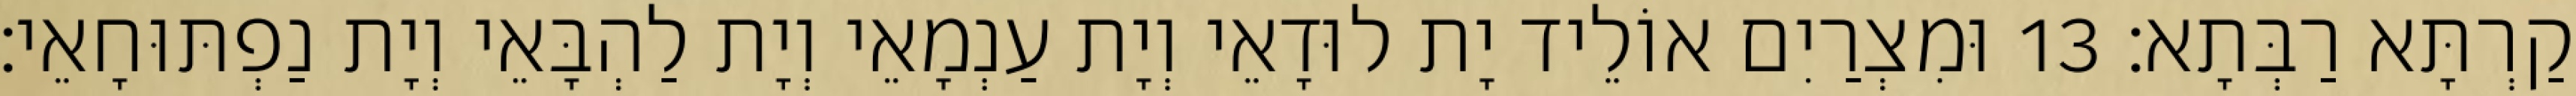
קַרְתָּא רַבְּתָא׃ 13 וּמִצְרַיִם אוֹלֵיד יָת לוּדָאֵי וְיָת עַנְמָאֵי וְיָת לַהְבָּאֵי וְיָת נַפְתּוּחָאֵי׃